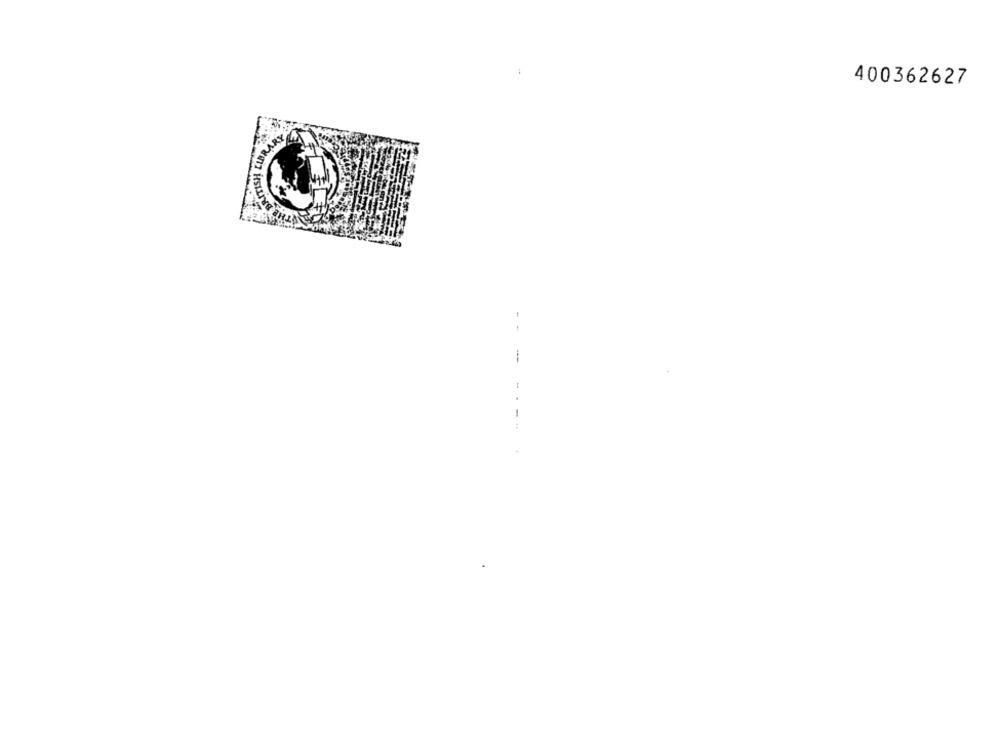
400362627
--